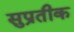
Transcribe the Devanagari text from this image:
सुप्रतीक